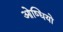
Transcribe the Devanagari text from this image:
ओष्धियो